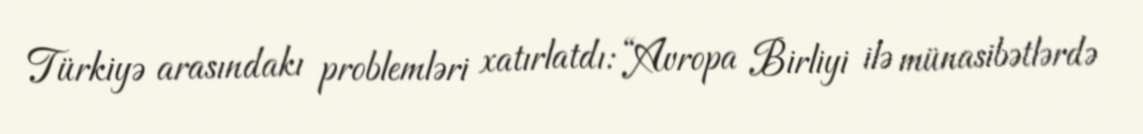
Türkiyə arasındakı problemləri xatırlatdı: “Avropa Birliyi ilə münasibətlərdə